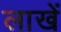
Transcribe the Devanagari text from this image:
लाखें